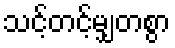
သင့်တင့်မျှတစွာ